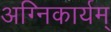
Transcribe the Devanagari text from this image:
अग्निकार्यम्